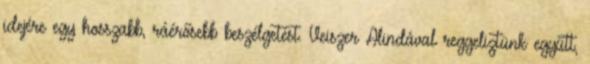
idejére egy hosszabb, ráérősebb beszélgetést. Veiszer Alindával reggeliztünk együtt,